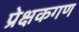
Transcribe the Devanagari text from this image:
प्रेक्षकगण